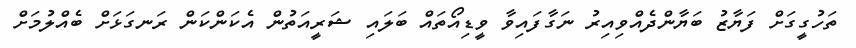
ތަހުގީގަށް ފަޔާޒު ބަޔާންދެއްވިއިރު ނަގާފައިވާ ވީޑިއޯތައް ބަލައި ޝަރީއަތުން އެކަންކަން ރަނގަޅަށް ބެއްލުމަށް